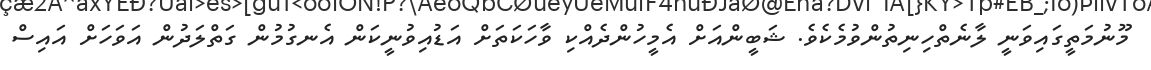
މޫނުމަތީގައިވަނީ ލާނެތްހިނިތުންވުމެކެވެ. ޝަބީންއަށް އެމީހުންދެއްކި ވާހަކަތަށް އަޑުއިވުނީކަން އެނގުމުން ގަތްލަދުން އަވަހަށް އައިސް